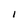
Character: 1